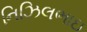
નિઝિલભાઇ